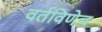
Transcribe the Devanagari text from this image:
वर्तविणेच